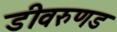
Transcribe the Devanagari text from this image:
डीवरुणड